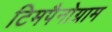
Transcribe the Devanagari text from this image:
टिमपैनोग्राम